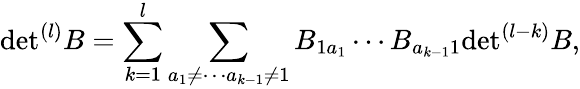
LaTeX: \mathrm{det}^{(l)}B=\sum_{k=1}^{l}\sum_{a_{1}\neq\cdots a_{k-1}\neq 1}B_{1a_{1}}\cdots B_{a_{k-1}1}\mathrm{det}^{(l-k)}B,